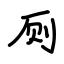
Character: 厕